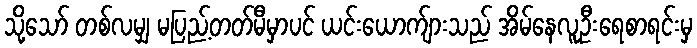
သို့သော် တစ်လမျှ မပြည့်တတ်မီမှာပင် ယင်းယောက်ျားသည် အိမ်နေလူဦးရေစာရင်းမှ